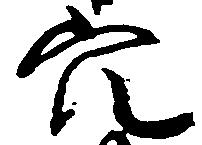
穴